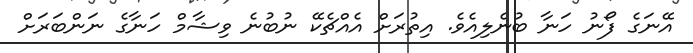
އޭނަގެ ފޯނު ހަނާ ބުނެލިއެވެ. އިތުރަށް އެއްޗެކޭ ނުބުނެ ވިޝާމް ހަނާގެ ނަންބަރަށް